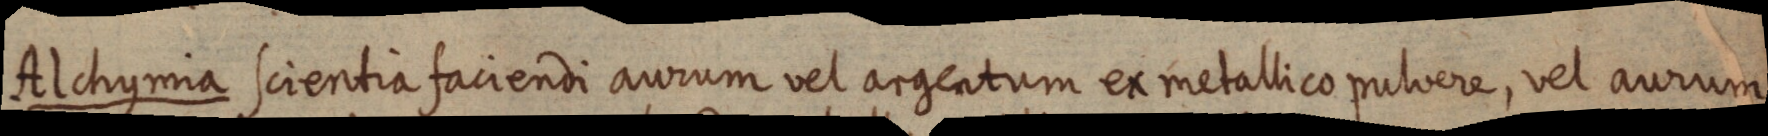
Alchymia scientia faciendi aurum vel argentum et metallico pulvere, vel aurum